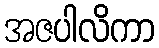
အဇပါလိကာ